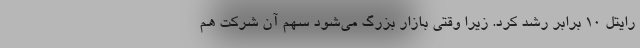
رایتل ۱۰ برابر رشد کرد. زیرا وقتی بازار بزرگ می‌شود سهم آن شرکت هم